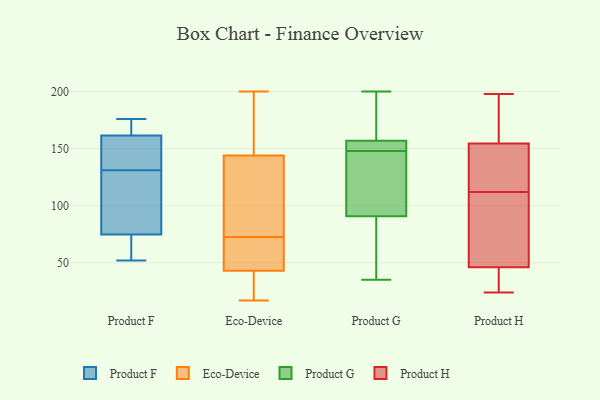
{"axis": {"x": "Customer Acquisition Cost (USD)", "y": "Value"}, "legend": ["Eco-Device", "Product F", "Product G", "Product H"], "data": [{"x": "", "y": 80, "type": "Product F"}, {"x": "", "y": 169, "type": "Product F"}, {"x": "", "y": 152, "type": "Product F"}, {"x": "", "y": 62, "type": "Product F"}, {"x": "", "y": 52, "type": "Product F"}, {"x": "", "y": 176, "type": "Product F"}, {"x": "", "y": 157, "type": "Product F"}, {"x": "", "y": 73, "type": "Product F"}, {"x": "", "y": 163, "type": "Product F"}, {"x": "", "y": 116, "type": "Product F"}, {"x": "", "y": 131, "type": "Product F"}, {"x": "", "y": 125, "type": "Eco-Device"}, {"x": "", "y": 156, "type": "Eco-Device"}, {"x": "", "y": 34, "type": "Eco-Device"}, {"x": "", "y": 67, "type": "Eco-Device"}, {"x": "", "y": 43, "type": "Eco-Device"}, {"x": "", "y": 144, "type": "Eco-Device"}, {"x": "", "y": 67, "type": "Eco-Device"}, {"x": "", "y": 17, "type": "Eco-Device"}, {"x": "", "y": 78, "type": "Eco-Device"}, {"x": "", "y": 200, "type": "Eco-Device"}, {"x": "", "y": 150, "type": "Product G"}, {"x": "", "y": 77, "type": "Product G"}, {"x": "", "y": 141, "type": "Product G"}, {"x": "", "y": 151, "type": "Product G"}, {"x": "", "y": 85, "type": "Product G"}, {"x": "", "y": 108, "type": "Product G"}, {"x": "", "y": 148, "type": "Product G"}, {"x": "", "y": 166, "type": "Product G"}, {"x": "", "y": 200, "type": "Product G"}, {"x": "", "y": 159, "type": "Product G"}, {"x": "", "y": 35, "type": "Product G"}, {"x": "", "y": 28, "type": "Product H"}, {"x": "", "y": 46, "type": "Product H"}, {"x": "", "y": 198, "type": "Product H"}, {"x": "", "y": 130, "type": "Product H"}, {"x": "", "y": 25, "type": "Product H"}, {"x": "", "y": 193, "type": "Product H"}, {"x": "", "y": 74, "type": "Product H"}, {"x": "", "y": 144, "type": "Product H"}, {"x": "", "y": 24, "type": "Product H"}, {"x": "", "y": 42, "type": "Product H"}, {"x": "", "y": 52, "type": "Product H"}, {"x": "", "y": 46, "type": "Product H"}, {"x": "", "y": 140, "type": "Product H"}, {"x": "", "y": 191, "type": "Product H"}, {"x": "", "y": 49, "type": "Product H"}, {"x": "", "y": 196, "type": "Product H"}, {"x": "", "y": 158, "type": "Product H"}, {"x": "", "y": 126, "type": "Product H"}, {"x": "", "y": 112, "type": "Product H"}]}